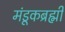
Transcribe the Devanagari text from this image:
मंडूकब्रह्मी